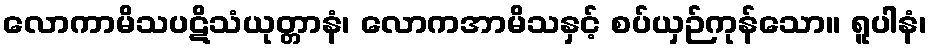
လောကာမိသပဋိသံယုတ္တာနံ၊ လောကအာမိသနှင့် စပ်ယှဉ်ကုန်သော။ ရူပါနံ၊